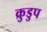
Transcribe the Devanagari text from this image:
क्रुडुप